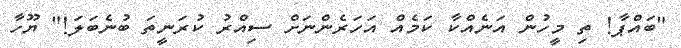
"ބައްޕާ! ތި މީހުން އަނެއްކާ ކަމެއް އަހަރެންނަށް ސިއްރު ކުރަނީތަ ބުނެބަލަ!" ޔޫހާ